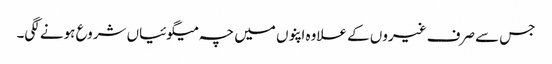
جس سے صرف غیروں کے علاوہ اپنوں میں چہ میگوئیاں شروع ہونے لگی۔